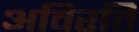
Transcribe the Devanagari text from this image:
अविरति